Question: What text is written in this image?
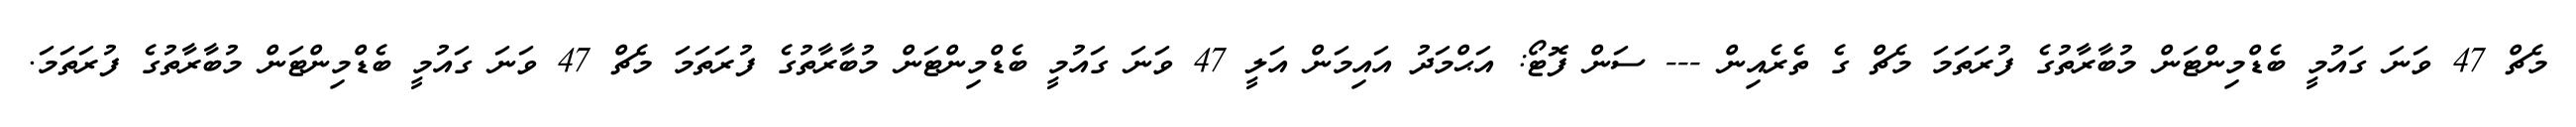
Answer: މެޗް 47 ވަނަ ގައުމީ ބެޑްމިންޓަން މުބާރާތުގެ ފުރަތަމަ މެޗް ގެ ތެރެއިން --- ސަން ފޮޓޯ: އަޙްމަދު އައިމަން އަލީ 47 ވަނަ ގައުމީ ބެޑްމިންޓަން މުބާރާތުގެ ފުރަތަމަ މެޗް 47 ވަނަ ގައުމީ ބެޑްމިންޓަން މުބާރާތުގެ ފުރަތަމަ.